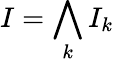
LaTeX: I=\bigwedge_{k}I_{k}